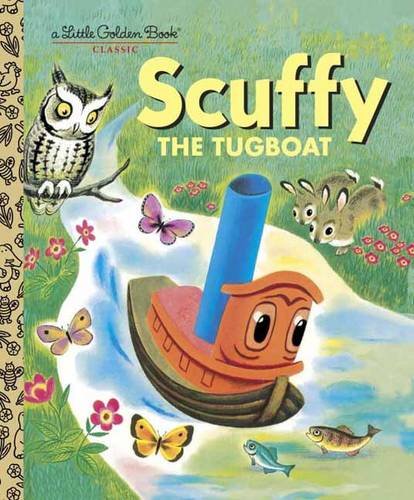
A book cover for Scuffy the Tugboat and His Adventures Down the River; Gertrude Crampton; Children's Books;